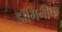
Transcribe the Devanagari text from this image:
डॉमिनीक